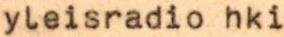
yleisradio hki